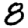
Digit: 8